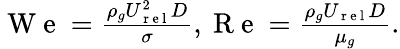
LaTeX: \begin{array}{r}{\mathrm{~W~e~}=\frac{\rho_{g}U_{\mathrm{~r~e~l~}}^{2}D}{\sigma},\mathrm{~R~e~}=\frac{\rho_{g}U_{\mathrm{~r~e~l~}}D}{\mu_{g}}.}\end{array}